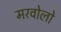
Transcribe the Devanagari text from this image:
मरवोलो